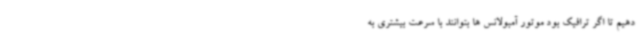
دهیم تا اگر ترافیک بود موتور آمبولانس ها بتوانند با سرعت بیشتری به